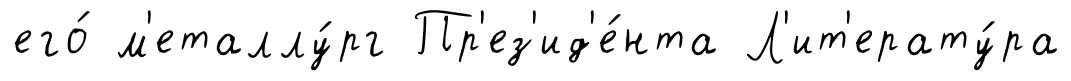
его́ м'еталлу́рг Пр'ез'ид'е́нта Л'ит'ерату́ра